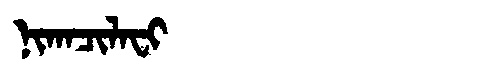
Manchu: ᠨᡳᡴᠠᠴᡳᠯᠠᠸᡳ
Romanization: NIKACILAFI